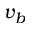
v _ { b }